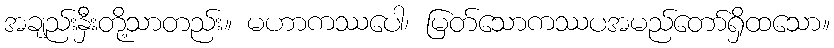
အချည်းနှီးတို့သာတည်း။ မဟာကဿပေါ၊ မြတ်သောကဿပအမည်တော်ရှိထသော။